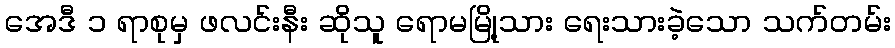
အေဒီ ၁ ရာစုမှ ဖလင်းနီး ဆိုသူ ရောမမြို့သား ရေးသားခဲ့သော သက်တမ်း